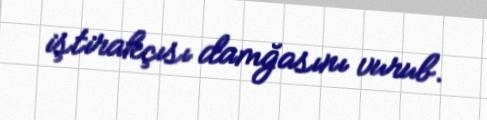
iştirakçısı damğasını vurub.